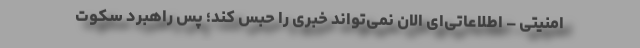
امنیتی – اطلاعاتی‌ای الان نمی‌تواند خبری را حبس کند؛ پس راهبرد سکوت